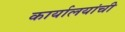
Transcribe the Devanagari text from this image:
कार्यालयांची